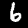
Label: 6